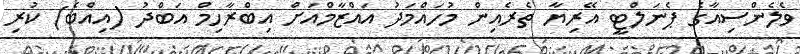
ވެލެންސިއާގެ ޕެނަލްޓީ އޭރިޔާ ތެރެއިން މުހައްމަދު އައްޒާމްއަށް އިބްރާހިމް އަބްދު (އިއްބެ) ކުރި